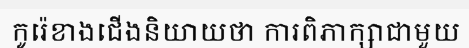
កូរ៉េខាងជើងនិយាយថា ការពិភាក្សាជាមួយ